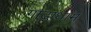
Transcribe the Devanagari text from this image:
गाढ़ाधाम